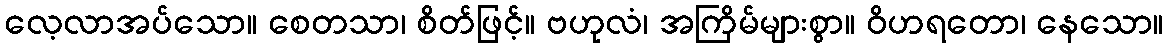
လေ့လာအပ်သော။ စေတသာ၊ စိတ်ဖြင့်။ ဗဟုလံ၊ အကြိမ်များစွာ။ ဝိဟရတော၊ နေသော။